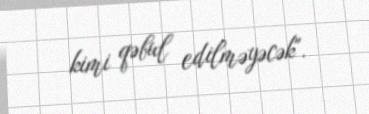
kimi qəbul edilməyəcək".